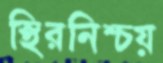
স্থিরনিশ্চয়